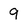
Character: 9